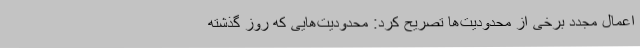
اعمال مجدد برخی از محدودیت‌ها تصریح کرد: محدودیت‌هایی که روز گذشته